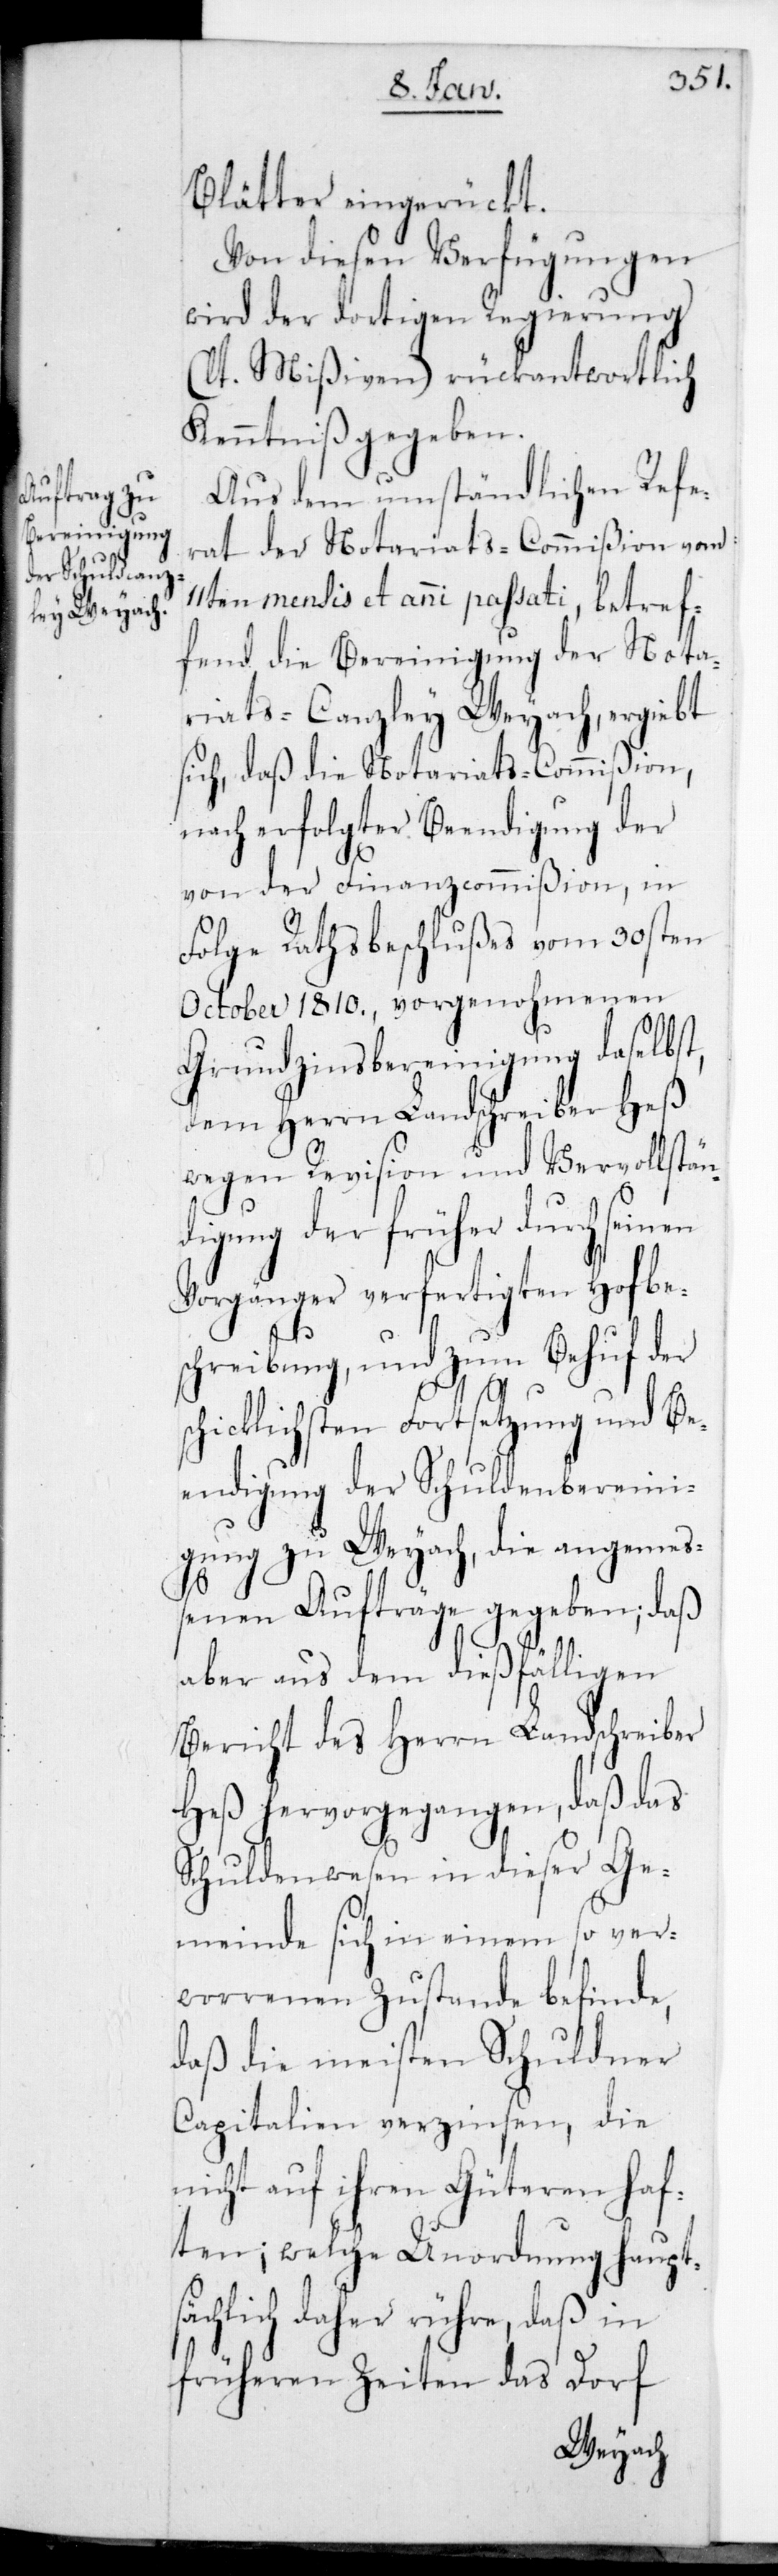
s¬
Blätter eingerückt.
Von diesen Verfügungen
wird der dortigen Regierung
(lt. Mißiven) rückantwortlich
Kenntniß gegeben.
Aus dem umständlichen Refe¬
rat der Notariatscommißion vom
11ten mensis et anni passati, betref¬
fend die Bereinigung der Nota¬
riats-Canzley Weyach, ergiebt
sich, daß die Notariatscommißion,
nach erfolgter Beendigung der
von der Finanzcommißion, in
Folge Rathsbeschlußes vom 30sten
October 1810., vorgenohmenen
Grundzins-Bereinigung daselbst,
dem Herrn Landschreiber Heß
wegen Revision und Vervollstän¬
digung der früher durch seinen
Vorgänger verfertigten Hofbe¬
schreibung, und zum Behuf der
chicklichsten Fortsetzung und Be¬
endigung der Schuldenbereini¬
gung zu Weyach, die angemeß¬
enen Aufträge gegeben, daß
aber aus dem dießfälligen
Bericht des Herrn Landschreiber
Heß hervorgegangen, daß das
Schuldenwesen in dieser Ge¬
meinde sich in einem so ver¬
worrenen Zustande befinde,
daß die meisten Schuldner
Capitalien verzinsen, die
nicht auf ihren Güteren haf¬
ten; welche Unordnung haupts¬
ächlich daher rühre, daß in
früheren Zeiten das Dorf